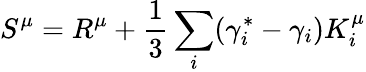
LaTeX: S^{\mu}=R^{\mu}+\frac{1}{3}\sum_{i}(\gamma_{i}^{\ast}-\gamma_{i})K_{i}^{\mu}